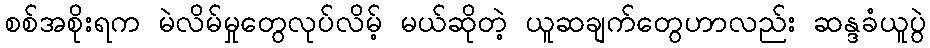
စစ်အစိုးရက မဲလိမ်မှုတွေလုပ်လိမ့် မယ်ဆိုတဲ့ ယူဆချက်တွေဟာလည်း ဆန္ဒခံယူပွဲ